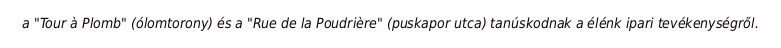
a "Tour à Plomb" (ólomtorony) és a "Rue de la Poudrière" (puskapor utca) tanúskodnak a élénk ipari tevékenységről.